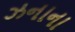
ઝનાના